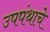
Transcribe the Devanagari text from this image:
उपपंथाचे